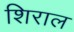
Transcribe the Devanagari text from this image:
शिराल